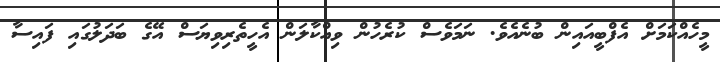
މީހެއްކަމަށް އެފްބީއައިން ބުނެއެވެ. ނަމަވެސް ކުރެހުން ވިއްކާލަން އެހީތެރިވިޔަސް އޭގެ ބަދަލުގައި ފައިސާ